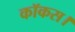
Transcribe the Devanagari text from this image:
कॉकस।